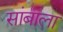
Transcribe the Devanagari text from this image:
सांबाला